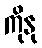
ကိုနု